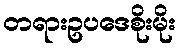
တရားဥပဒေစိုးမိုး